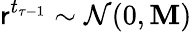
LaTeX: \mathsf{r}^{t_{\tau-1}}\sim\mathcal{{N}}(0,\mathbf{{M}})